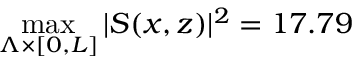
\operatorname* { m a x } _ { \Lambda \times \lbrack 0 , L \rbrack } \vert S ( x , z ) \vert ^ { 2 } = 1 7 . 7 9